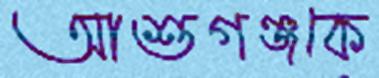
আশুগঞ্জকে